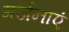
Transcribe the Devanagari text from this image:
गर्जनाएं